Civil Veterinary Dept. Bombay admin report 1914-1922 - 1914-1922
Year: 1914
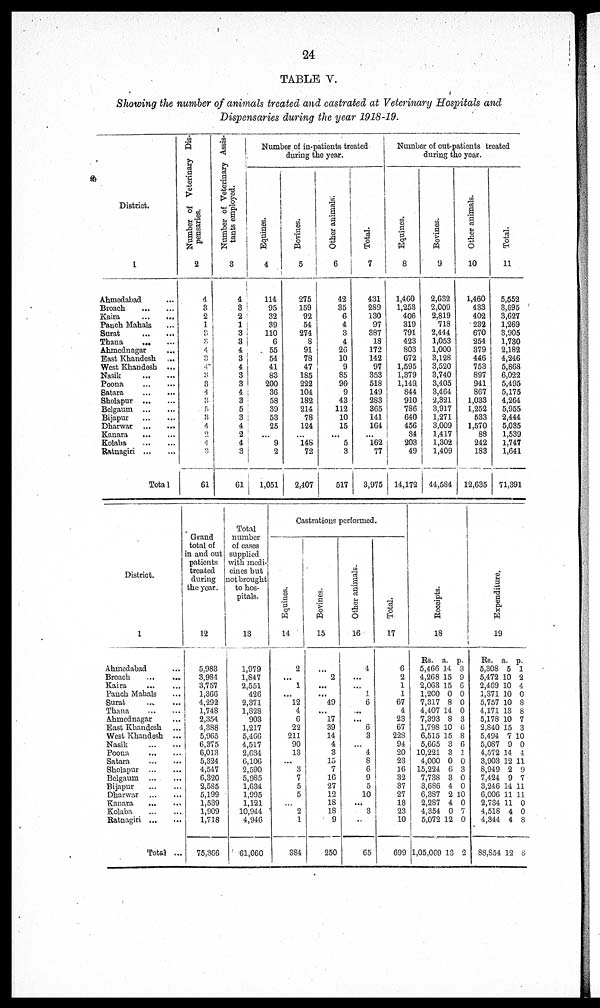
24
TABLE V.
Showing the number of animals treated and castrated at Veterinary Hospitals and
Dispensaries during the year 1918-19.
District.
1
Ahmedabad ...
Broach ... ...
Kaira ... ...
Panch Mahals...
Surat ... ...
Thana ... ...
Ahmednagar ... ...
East Khandesh ...
West Khandesh ...
Nasik ... ...
Poona ... ...
Satara ... ...
Sholapur ... ...
Belgaum ... ...
Bijapur ... ...
Dharwar ... ...
Kanara ... ...
Kolaba ... ...
Ratnagiri ... ...
Total
Number of Veterinary Dis-
pensaries.
2
4
3
2
1
3
...
4
3
4
3
3
4
3
5
3
4
2
4
3
61
Number of Veterinary Assis-
tants employed.
3
4
3
2
1
3
3
4
3
4
3
3
4
3
5
3
4
2
4
3
61
Number of in-patients treated
during the year.
Equines.
4
114
95
32
39
110
6
55
54
41
83
200
36
58
39
53
25
...
9
2
1,051
Bovines.
5
275
159
92
54
274
8
91
78
47
185
222
104
182
214
78
124
...
148
72
2,407
Other animals:
6
42
35
6
4
3
4
26
10
9
85
96
9
43
112
10
15
...
5
3
517
Total.
7
431
289
130
97
387
18
172
142
97
353
518
149
283
365
141
164
...
162
77
3,975
Number of out-patients treated
during the year.
Equines.
8
1,460
1,253
406
319
791
423
803
672
1,595
1,379
1,149
844
910
786
640
456
34
203
49
14,172
Bovines.
9
2,632
2,009
2,819
718
2,444
1,053
1,000
3,128
3,520
3,740
3,405
3,464
2,321
3,917
1,271
3,009
1,417
1,302
1,409
44,584
Other animals.
10
1,460
433
402
232
670
254
379
446
753
897
941
867
1,033
1,252
533
1,570
88
242
183
12,635
Total.
11
5,552
3,695
3,627
1,269
3,905
1,730
2,182
4,246
5,868
6,022
5,495
5,175
4,264
5,955
2,444
5,035
1,539
1,747
1,641
71,391
District.
1
Ahmedabad...
Broach ... ...
Kaira ... ...
Panch Mahals...
Surat ... ...
Thana ... ...
Ahmednagar ...
East Khandesh ...
West Khandesh ...
Nasik ... ...
Poona ... ...
Satara ... ...
Sholapur ... ...
Belgaum ... ...
Bijapur ... ...
Dharwar ... ...
Kanara ... ...
Kolaba ... ...
Ratnagiri ... ...
Total ...
Grand
total of
in and out
patients
treated
during
the year.
12
5,983
3,984
3,757
1,366
4,292
1,748
2,354
4,388
5,965
6,375
6,013
5,324
4,547
6,320
2,585
5,199
1,539
1,909
1,718
75,366
Total
number
of cases
supplied
with medi-
cines but
not brought
to hos-
pitals.
13
1,979
1,847
2,551
426
2,371
1,328
903
1,217
5,466
4,517
2,634
6,106
2,590
5,985
1,634
1,995
1,121
10,944
4,946
61,060
Castrations performed.
Equines.
14
2
...
1
...
12
4
6
22
211
90
13
...
3
7
5
5
...
2
1
384
Bovines.
15
...
2
...
...
49
...
17
39
14
4
3
15
7
16
27
12
18
18
9
250
Other animals.
16
4
...
...
1
6
...
...
6
3
...
4
8
6
9
0
10
...
3
...
65
Total.
17
6
2
1
1
67
4
23
67
228
94
20
23
16
32
37
27
18
23
10
699
Receipts.
18
Rs.
5,466
4,268
2,063
1,200
7,317
4,407
7,393
1,798
6,515
5,665
10,221
4,000
15,224
7,738
3,686
6,387
2,287
4,354
5,072
1,05,069
a.
14
15
15
0
8
14
8
10
15
3
3
0
6
3
4
2
4
0
12
13
p.
3
9
6
0
0
0
3
6
8
6
1
0
3
0
0
10
0
7
0
2
Expenditure.
19
Rs.
5,308
5,472
2,469
1,371
5,757
4,171
5,178
2,840
5,494
5,087
4,572
3,903
8,949
7.424
3,246
6,006
2,734
4,518
4,344
88,854
a.
5
10
10
10
10
13
10
15
7
9
14
12
2
9
14
11
11
4
4
12
p.
1
2
4
0
8
8
7
3
10
0
4
11
9
7
11
11
0
0
8
8